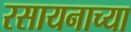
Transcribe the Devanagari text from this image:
रसायनाच्या